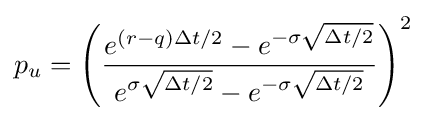
p_{u}=\left({\frac {e^{(r-q)\Delta t/2}-e^{-\sigma {\sqrt {\Delta t/2}}}}{e^{\sigma {\sqrt {\Delta t/2}}}-e^{-\sigma {\sqrt {\Delta t/2}}}}}\right)^{2}